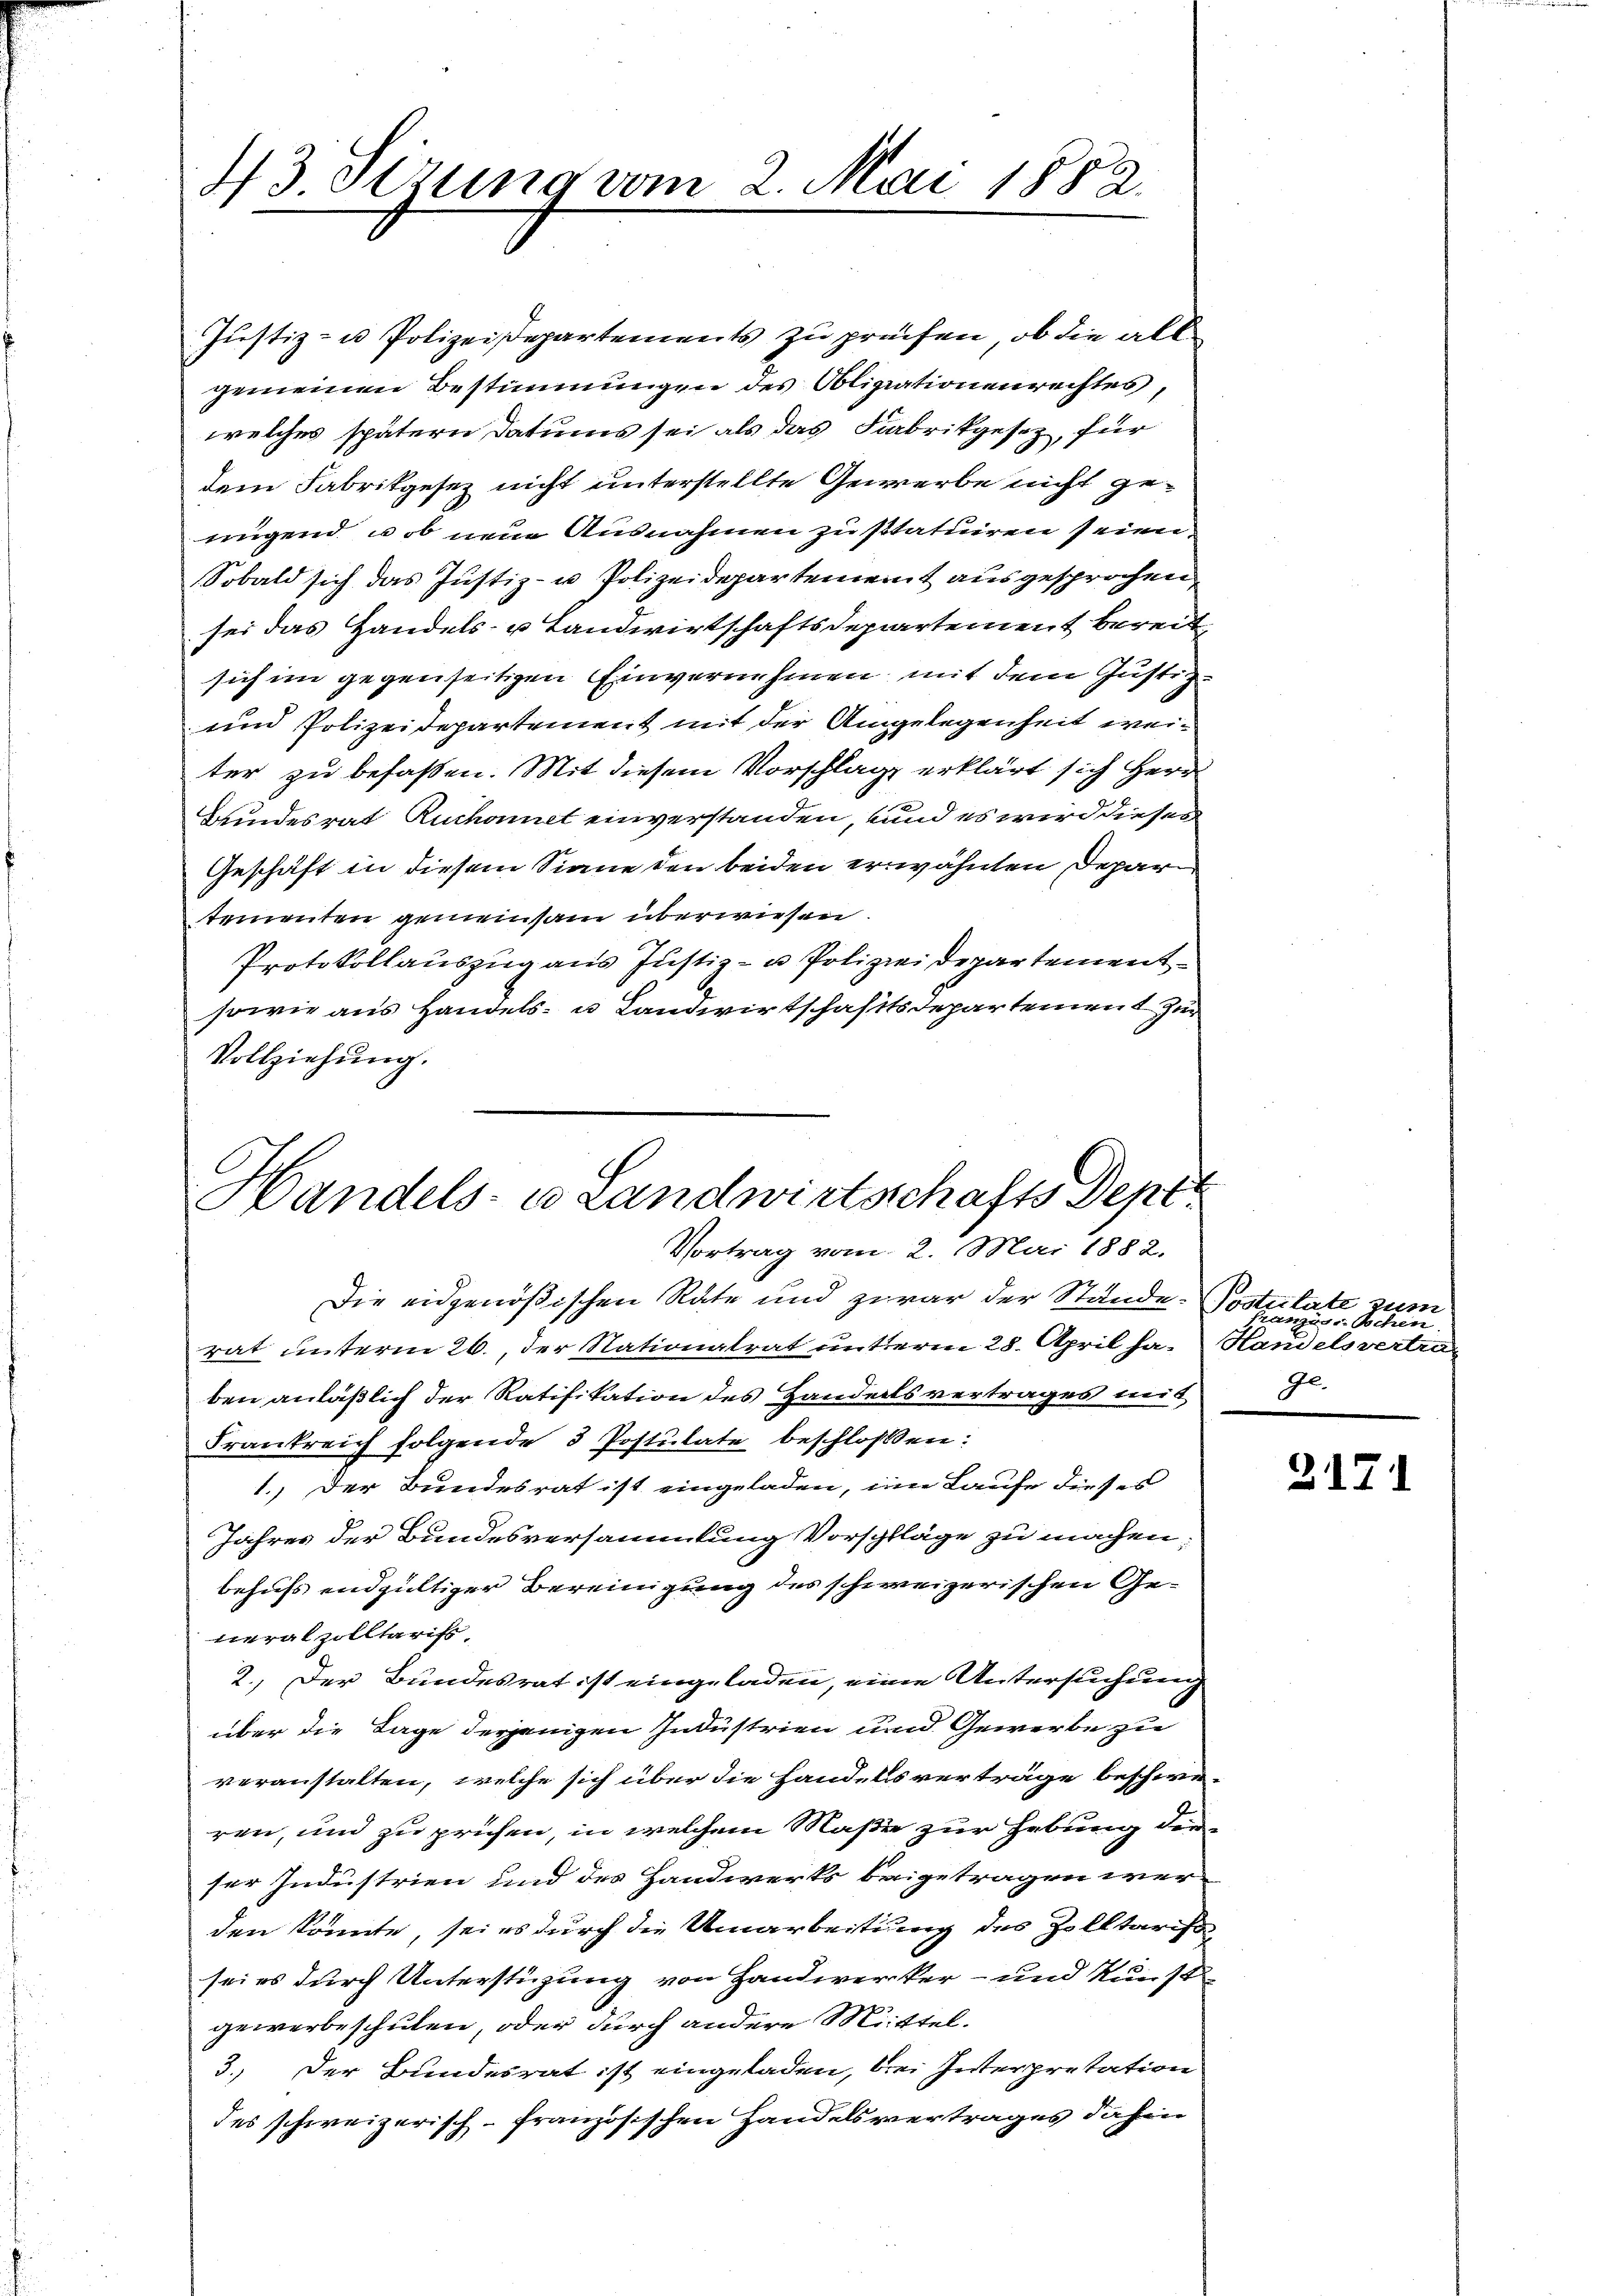
43 Stzung vom 2. Mai 1882.

Justiz- u Polizeisepartements zu prüfen, ob die all
gemeinen Bestimmungen des Obligationenrechtes,
welches spätern Datums sei als das Fabrikgesetz, für
dem Fabrikgesez nicht unterstellte Gewerbe nicht genügend, ob neue Ausnahmen zu statuiren seien.
Sobald sich das Justiz- u Polizeidepartement ausgesprochen,
sei das Handels- u Landwirtschaftsdepartement bereit
sich im gegenseitigen Einvernehmen mit dem Justiz¬
und Polizeidepartement mit der Angelegenheit weiter zu befassen. Mit diesem Vorschlag erklärt sich Herr
Bundesrat Ruchonet einverstanden, und es wird dieses
Geschäft in diesem Sinne den beiden erwähnten Departementen gemeinsam überwiesen.
Protokollauszug aus Justiz- u Polizeidepartement¬
sowie aus Handels- u Landwirtschaftsdepartement zur
Vollziehŭng.

Handels- u Landwirtschafts Dept
Vortrag vom 2. Mai 1882.

Postulate zum
Franzis Schen
Handelsvertra
ge¬

Die eidgenößischen Rate und zwar der Stände.
rat unterm 26. der Nationalrat unterm 28. April haben anläßlich der Ratifikation des Handelsvertrages mit
Frankreich folgende 3 Postulate beschloßen:
1.) Der Bundesrat ist eingeladen, eine Laufe dieses
Jahres der Bundesversammlung Vorschläge zu machen:
behufs endgültiger Bereinigung des schweizerischen Generalzolltarifs,
2.) Der Bundesrat ist eingeladen, eine Untersuchung
über die Tage derjenigen Industrien und Gewerbe zu
veranstalten, welche sich über die Handelsverträge beschweren, und zu prüfen, in welchem Maße zur Hebung derser Industrien und des Handwerks beigetragen wer
den könnte, sei es durch die Umarbeitung des Zolltarisa-
sei es durch Unterstüzung von Handwerker- und Kunst
gewerbeschulen, oder durch andere Mittel.
3.) Der Bundesrat ist eingeladen, bei Interpretation
des schweizerisch-französischen Handelsvertrages dahin

2171